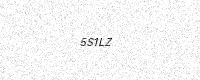
Text: 5S1LZ